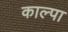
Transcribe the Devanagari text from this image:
काल्पा